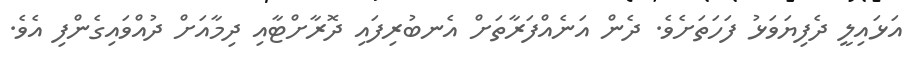
އަޅައިލީ ދެފިޔަވަޅު ފަހަތަށެވެ. ދެން އަނެއްފަރާތަށް އެނބުރިފައި ދޮރާށްޓާއި ދިމާއަށް ދުއްވައިގެންފި އެވެ.